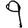
Digit: 9